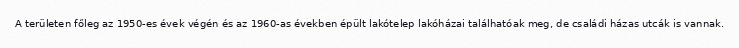
A területen főleg az 1950-es évek végén és az 1960-as években épült lakótelep lakóházai találhatóak meg, de családi házas utcák is vannak.